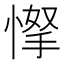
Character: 𢜲